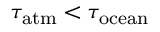
\tau _ { \mathrm { a t m } } < \tau _ { \mathrm { o c e a n } }